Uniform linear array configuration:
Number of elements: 16
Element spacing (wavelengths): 0.75
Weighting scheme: exponential
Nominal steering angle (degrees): -60
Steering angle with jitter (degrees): -58.263
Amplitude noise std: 0.05
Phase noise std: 0.05

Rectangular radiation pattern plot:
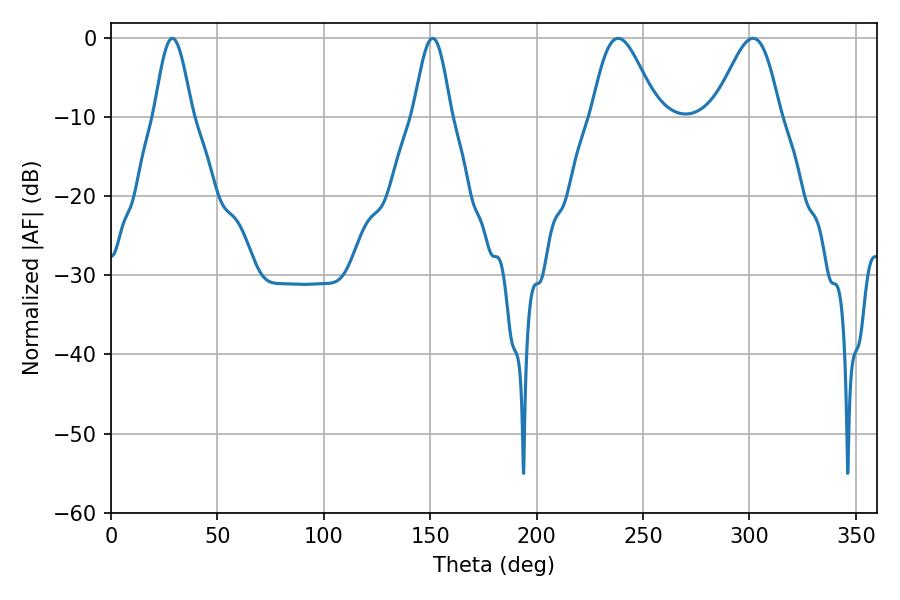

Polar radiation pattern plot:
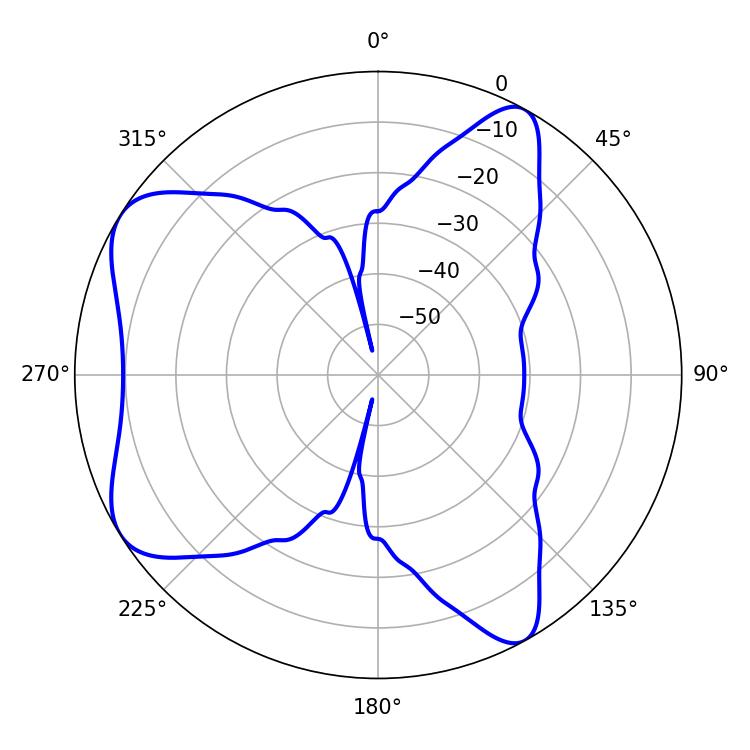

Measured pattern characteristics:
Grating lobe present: TRUE
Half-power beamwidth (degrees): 16.38
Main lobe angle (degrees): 238.32